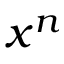
x ^ { n }